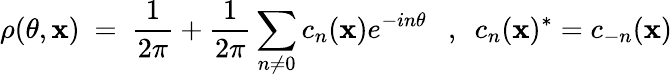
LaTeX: \rho(\theta,\mathbf{x})~=~\frac{{1}}{{2\pi}}+\frac{{1}}{{2\pi}}\sum_{n\neq0}c_{n}(\mathbf{x})e^{-in\theta}~~~,~~c_{n}(\mathbf{x})^{*}=c_{-n}(\mathbf{x})